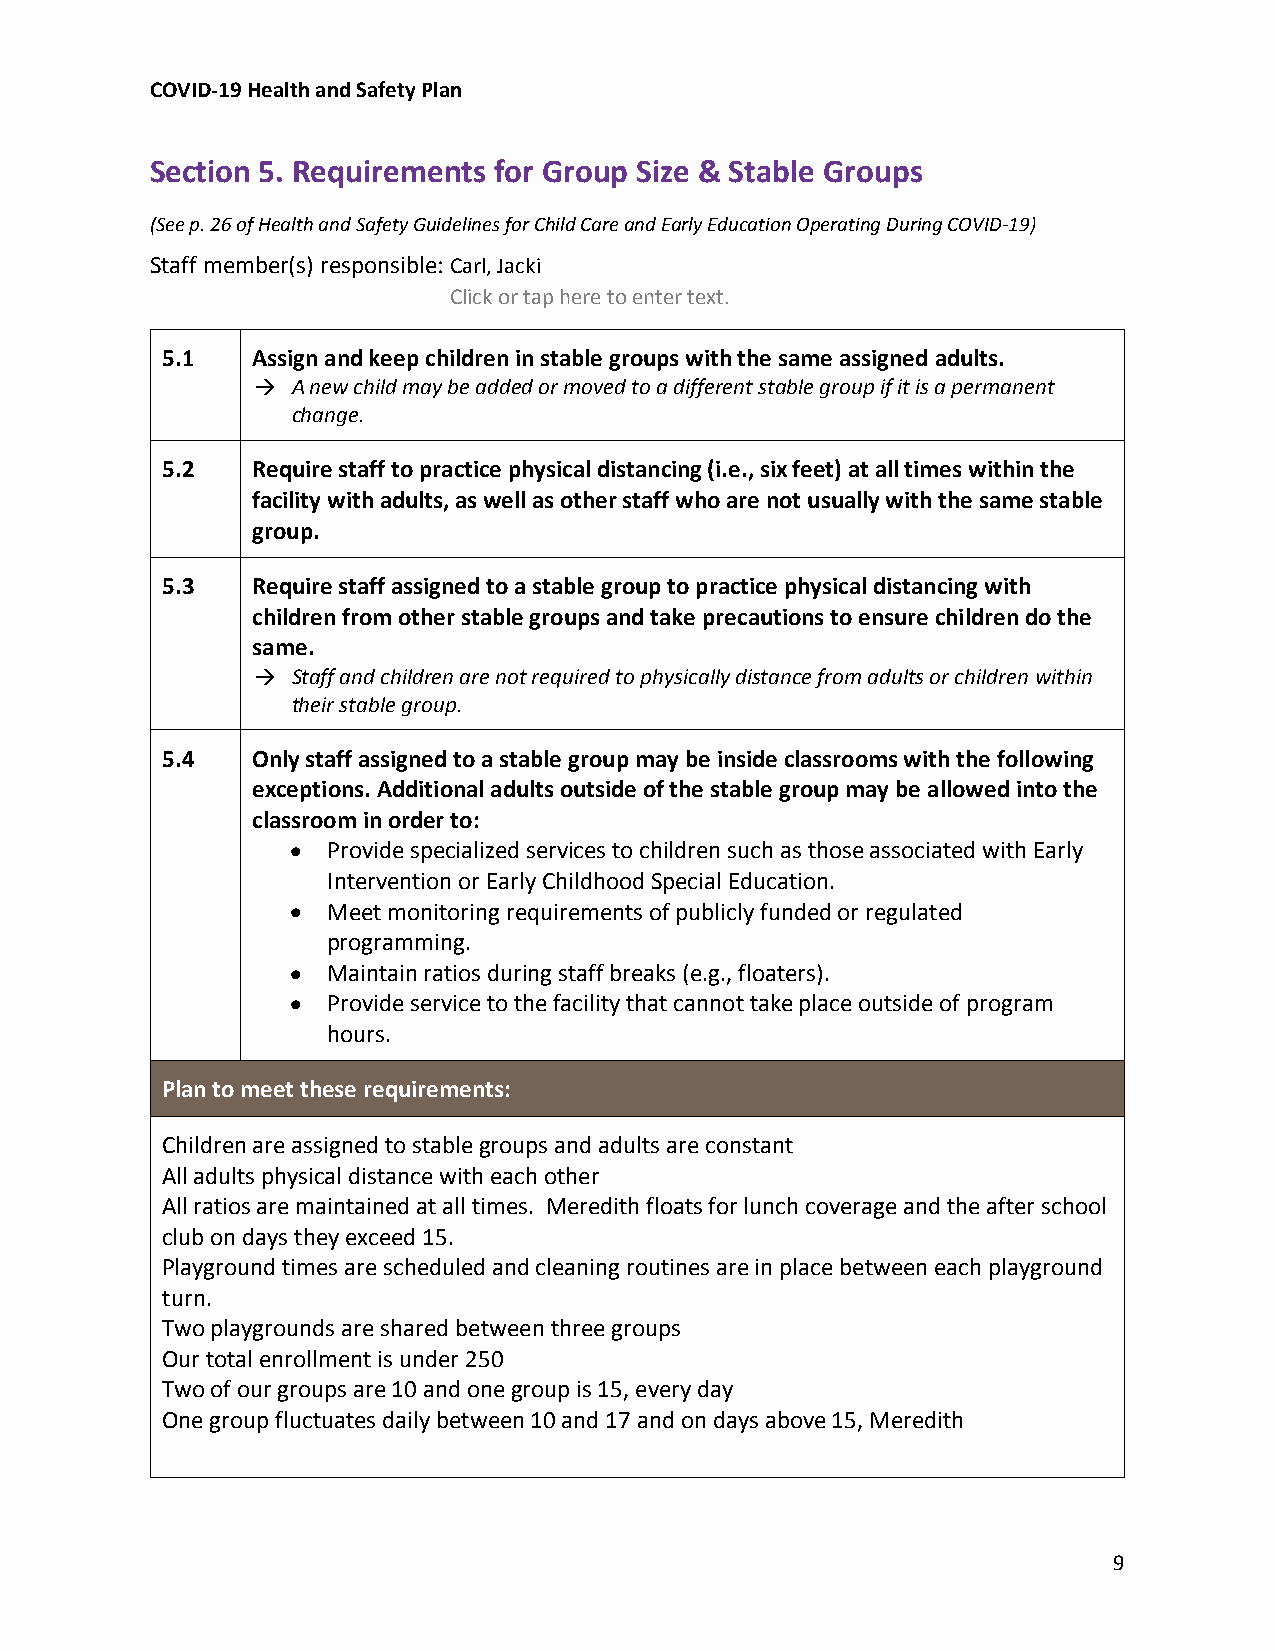
COVID-19 Health and Safety Plan
 Section 5. Requirements for Group Size & Stable Groups
 (See p. 26 of Health and Safety Guidelines for Child Care and Early Education Operating During COVID-19)
 Staff member(s) responsible:Carl, Jacki
 Click or tap here to enter text.
 5.1   Assign and keep children in stable groups with the same assigned adults.
  A new child may be added or moved to a different stable group if it is a permanent
 change.
 5.2   Require staff to practice physical distancing (i.e., six feet) at all times within the
 facility with adults, as well as other staff who are not usually with the same stable
 group.
 5.3   Require staff assigned to a stable group to practice physical distancing with
 children from other stable groups and take precautions to ensure children do the
 same.
  Staff and children are not required to physically distance from adults or children within
 their stable group.
 5.4   Only staff assigned to a stable group may be inside classrooms with the following
 exceptions. Additional adults outside of the stable group may be allowed into the
 classroom in order to:
   Provide specialized services to children such as those associated with Early
 Intervention or Early Childhood Special Education.
   Meet monitoring requirements of publicly funded or regulated
 programming.
   Maintain ratios during staff breaks (e.g., floaters).
   Provide service to the facility that cannot take place outside of program
 hours.
 Plan to meet these requirements:
 Children are assigned to stable groups and adults are constant
 All adults physical distance with each other
 All ratios are maintained at all times. Meredith floats for lunch coverage and the after school
 club on days they exceed 15.
 Playground times are scheduled and cleaning routines are in place between each playground
 turn.
 Two playgrounds are shared between three groups
 Our total enrollment is under 250
 Two of our groups are 10 and one group is 15, every day
 One group fluctuates daily between 10 and 17 and on days above 15, Meredith
 9